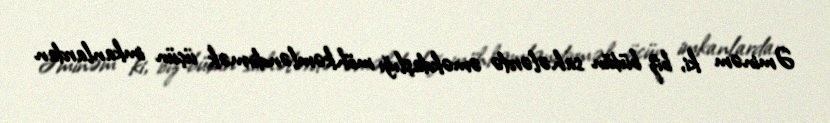
Əminəm ki, biz bütün sahələrdə əməkdaşlığı möhkəmləndirmək üçün imkanlardan